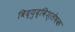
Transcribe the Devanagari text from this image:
विद्युद्विश्लेषक